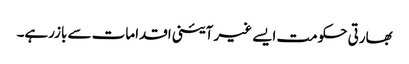
بھارتی حکومت ایسے غیر آئینی اقدامات سے بازرہے۔